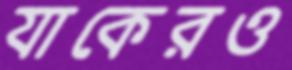
যাকেরও